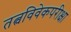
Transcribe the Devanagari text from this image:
तत्वविवेकपरीक्षा